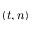
( t , n )